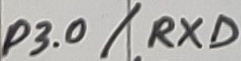
Text: P3.0/RXD